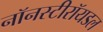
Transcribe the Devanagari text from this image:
नॉनस्टीरॉयडल